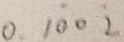
0 . 1 \dot { 0 } 0 \dot { 2 }